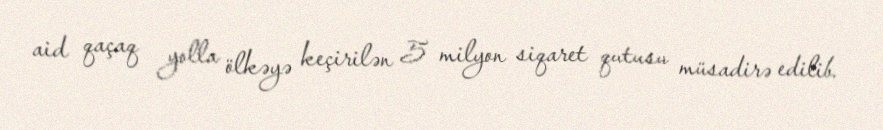
aid qaçaq yolla ölkəyə keçirilən 5 milyon siqaret qutusu müsadirə edilib.